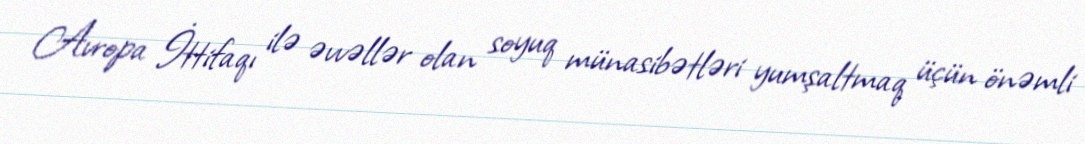
Avropa İttifaqı ilə əvvəllər olan soyuq münasibətləri yumşaltmaq üçün önəmli